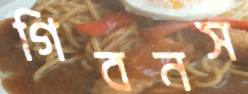
গিবনস